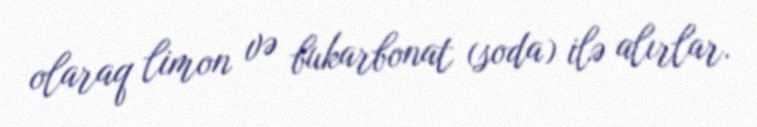
olaraq limon və bukarbonat (soda) ilə alırlar.